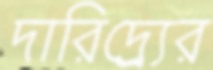
দারিদ্র্র্যের